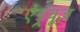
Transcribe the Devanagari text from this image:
ऐंड्र्यूज़